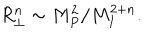
R _ { \perp } ^ { n } \sim M _ { P } ^ { 2 } / M _ { I } ^ { 2 + n } .